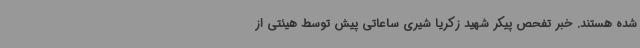
شده هستند. خبر تفحص پیکر شهید زکریا شیری ساعاتی پیش توسط هیئتی از